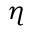
\eta